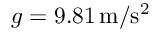
g = 9 . 8 1 \, \mathrm { m } / \mathrm { s } ^ { 2 }